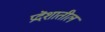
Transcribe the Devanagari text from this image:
प्रदॆशातील